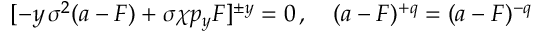
[ - y \, \sigma ^ { 2 } ( a - F ) + \sigma \chi p _ { y } F ] ^ { \pm y } = 0 \, , \quad ( a - F ) ^ { + q } = ( a - F ) ^ { - q }